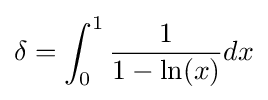
\delta =\int _{0}^{1}{\frac {1}{1-\ln(x)}}dx